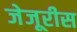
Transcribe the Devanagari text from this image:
जेजूरीस